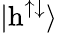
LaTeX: |\mathrm{h}^{\uparrow\downarrow}\rangle